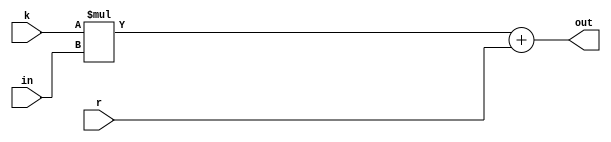
module alu(
    input [7:0] in,
    input [31:0] k,
    input [15:0] r,
    output [15:0] out
    );

wire [15:0] d;
assign d = k * in;
assign out = d + r;
 
endmodule